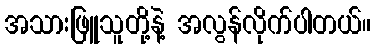
အသားဖြူသူတို့နဲ့ အလွန်လိုက်ပါတယ်။